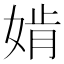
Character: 𡞚